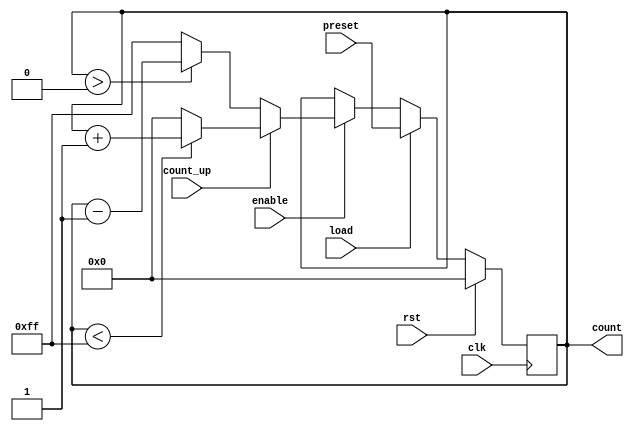
module synchronous_load_counter #(
    parameter WIDTH = 8,       // Parameter to define the width of the counter
    parameter MAX_VALUE = 255, // Assuming max value for an 8-bit counter
    parameter MIN_VALUE = 0
)(
    input wire clk,            // Clock signal
    input wire rst,            // Active high reset signal
    input wire load,           // Active high load signal
    input wire enable,         // Enable counting
    input wire [WIDTH-1:0] preset, // Preset value to load
    input wire count_up,       // Signal to determine count direction (1 = up, 0 = down)
    output reg [WIDTH-1:0] count // Current counter value
);

    // Synchronous behavior
    always @(posedge clk) begin
        if (rst) begin
            // Reset condition, set count to 0
            count <= MIN_VALUE;
        end else if (load) begin
            // Load preset value into the counter
            count <= preset;
        end else if (enable) begin
            // Count up or down
            if (count_up) begin
                if (count < MAX_VALUE) begin
                    count <= count + 1'b1; // Increment
                end else begin
                    count <= MIN_VALUE; // Wrap around to 0
                end
            end else begin
                if (count > MIN_VALUE) begin
                    count <= count - 1'b1; // Decrement
                end else begin
                    count <= MAX_VALUE; // Wrap around to max value
                end
            end
        end
    end

endmodule